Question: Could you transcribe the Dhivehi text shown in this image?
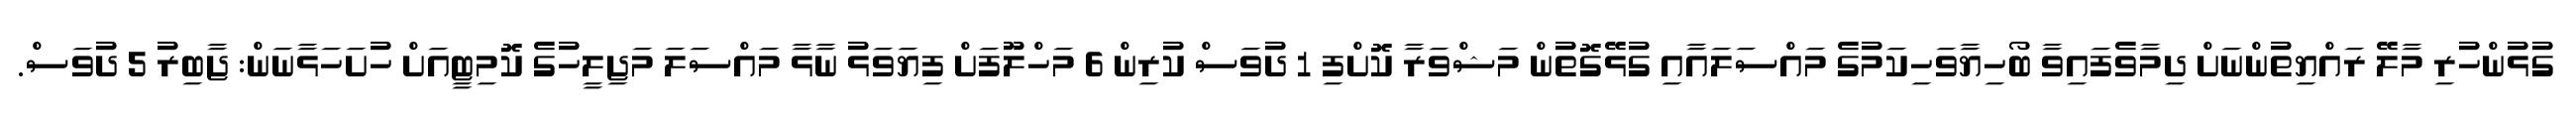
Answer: ގުޅުންހުރި މާލޭ ރައްޔިތުންނަށް ދިމާވެފައިވާ ބޯހިޔާވަހިކަމުގެ މައްސަލައާއި ގުޅޭގޮތުން މަޝްވަރާ ކޮށްފި 1 ދުވަސް ކުރިން 6 މަހްލޫފަށް ފިޔަވަޅު ނާޅާ މައްސަލަ މަޖިލީހުގެ ކޮމިޓީއަށް ހުށަހަޅާނަން: ޖާބިރު 5 ދުވަސް.